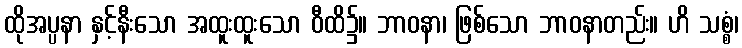
ထိုအပ္ပနာ နှင့်နီးသော အထူးထူးသော ဝီထိ၌။ ဘာဝနာ၊ ဖြစ်သော ဘာဝနာတည်း။ ဟိ သစ္စံ၊